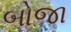
બોજા